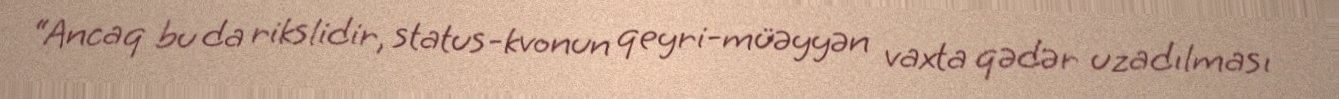
“Ancaq bu da rikslidir, status-kvonun qeyri-müəyyən vaxta qədər uzadılması